King Institute of Preventive Medicine Bacteriolog. Section reports 1907-08
Year: 1907
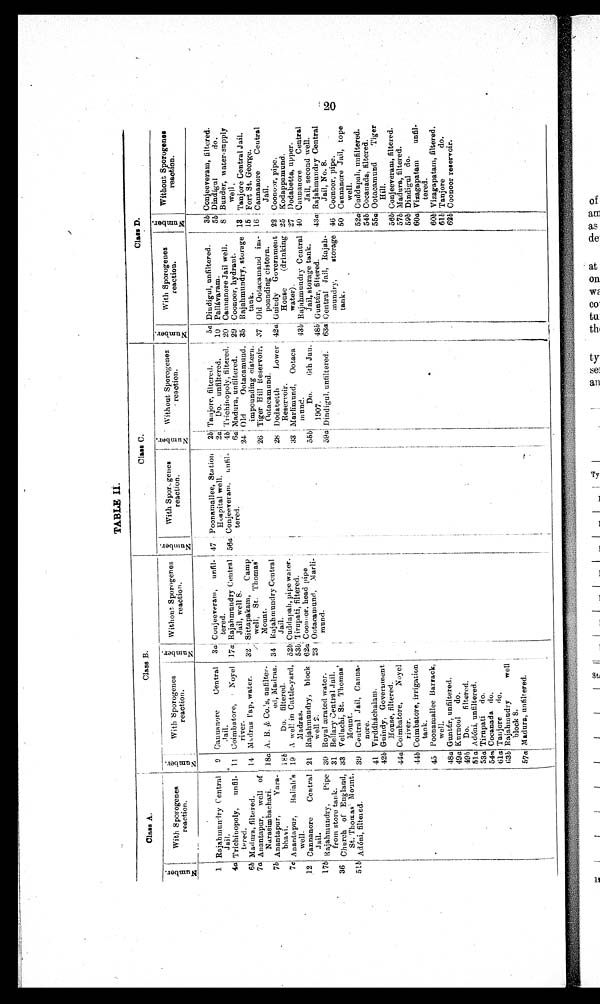
TABLE 11.
Class A.
Class B.
Class C.
Class D.
N u m b e r .
With Sporogenes
reaction.
N u m b e r .
With Sporogenes
N u m
b e r
reaction.
Without Sporogenes
reaction.
N u m
b e r .
With Sporogenes
reaction.
N u m
b e r
Without Sporogenes
reaction.
N u m
b e r
With Sporogenes
reaction.
N u m
b e r
Without Sporogenes
reaction.
4a
6
7a
7b
7c
12
1 7 b
.
36
51b
Rajahmundry Central
Jail.
Trichinopoly,
unfil-
tered.
Madura., filtered.
Anantapur, well of
N arasimhachari.
Anantapur,
Yarn-
bhavi.
Anantapur,
Baliah's
well.
Cannanore
Central
jail.
Rajahmundry,
Pipe
from store tank.
Church of England,
St. Thomas' Mount.
Adóni, filtered.
9
11
14
I8a
b
19
21.
30
31
33
39
41
42b
44a
445
45
48a
49a
49h
51.a
53a
54n
61a
63b
57a
Cannanore
Central
3a
Jail.
Coimbatore,
Noyel 17a
river.
Madras lap water.
32
'
A. B. & Co. unfilter-
s,
ed, Madras. 34
Do. filtered.
A well in Cattle-yard, 52b;
Madras.
5 3 b
Rajahmundry, block 62a'
well 2.
23
Royal ærated water.
Bellary Central Jail.
Vellachi, St. Thomas'
Mount.
Central Jail, Canna-
nore.
Virddháchalam.
Guntfúr, Government
House, filtered.
Coimbatore,
Noyel
river.
Coimbatore, irrigation
tank.
Poonamallee Barrack,
well.
Guntfir, unfiltered.
Kurnool
do.
Do.
filtered.
Adóni, unfiltered.
Tirupati do.
Cocanada do.
Tanjore
do.
Rajahmudry
well
block 8.
Madura, unfiltered.
Conjeeveram, unfil-
tered.
Rajahmundry Central
1 Jail, well 8.
Sittapakam,
Camp
well, St. Thomas'
Mount.
Rajahmundry Central
Jail.
Cuddapah, pipe water.
Tirupati, filtered.
Coonoor, head pipe
I Ootacamund, Marli-
mund.
47
56a
;
Poonamallee, Station
2b1
Hospital well.
2a' 4 b
Conjeeveram. unfil-
4 b
tered.
6a'
24
26
28
33
5 5 b
-
5 9 a
'...r
s
cniflopoly, filtered.
Tanjore, filtered.
Do. unfiltered.
Madura, unfiltered.
Old
Ootacamund,
impounding cistern.
Tiger Hill Reservoir,
Ootacamund.
Dodabetth
Lower
Reservoir.
Marlimund, Ootaca
mund.
Do.
13th Jan.
1907.
Dindigul, unfiltered.
Cannan
ore Jail well.
8
5a
10
20
29
35
37
4 2 a
4. 3b
48b:
6 3 a
Dindigul, unfiltered.
3b
Pallavaram.
5b
Coonoor, hydrant.
:
Rajahmundry, storag. 13
15
Old Ootacamand im-
.
pounding cistern.
Guindy Government 22
House
(drinking 25
water)
27 •
Rajahmundry Central 40
Jail, storage tank.
Gunt úr , f i l t er ed.
Central Jail, Rajah-
4 3 a
mundry,
storage 46 ;
tank.
50
52a; 5 4 b
5 5 a
5 6 b
5 7 b
5 9 b
60a
605 6 1 b
625
1
Conjeeveram, filtered.
Dindigul
do.
Bunder, water-supply
well .
Tanjore Central Jail.
Fort St. George.
Cannanore
Central
Jail.
Coonoor, pipe.
Kodappamund.
Dodabetta, upper.
Cannanore
Central
Jail, second well.
Rajahmundry Central
Jail, No. 8.
Coonoor, pipe.
Cannanore Jail, tope
well.
C u d d a p a h , u n f i l t e r e d .
Cocanada, filtered.
Ootacamund
Tiger
Hill.
Conjeeveram, filtered.
Madura, filtered.
Dindigul do.
Vizagapatam
unfil-
tered.
Vizagapatam, filtered.
Tanjore
do.
Coonoor reservoir.
O